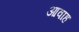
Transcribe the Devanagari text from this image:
आवाह